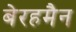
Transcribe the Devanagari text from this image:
बेरहमैन